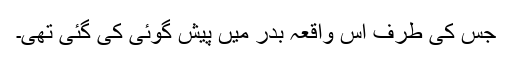
جس کی طرف اس واقعہ بدر میں پیش گوئی کی گئی تھی۔